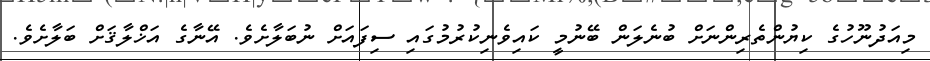
މިއަދުނޫހުގެ ކިޔުންތެރިންނަށް ބުނެލަން ބޭނުމީ ކައިވެނިކުރުމުގައި ސިފައަށް ނުބަލާށެވެ. އޭނާގެ އަޚްލާޤަށް ބަލާށެވެ.